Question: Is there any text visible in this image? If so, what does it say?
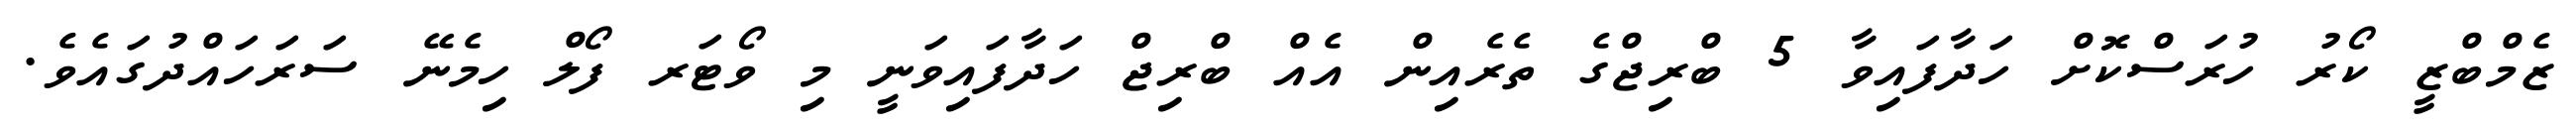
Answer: ޒެމްބްޒީ ކޯރު ހުރަސްކޮށް ހަދާފައިވާ 5 ބްރިޖްގެ ތެރެއިން އެއް ބްރިޖް ހަދާފައިވަނީ މި ވޯޓަރ ފޯލް ހިމެނޭ ސަރަހައްދުގައެވެ.